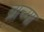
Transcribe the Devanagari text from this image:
ब्राच्या